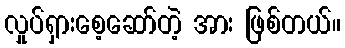
လှုပ်ရှားစေ့ဆော်တဲ့ အား ဖြစ်တယ်။